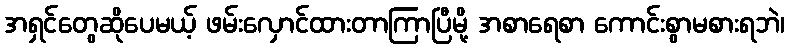
အရှင်တွေဆိုပေမယ့် ဖမ်းလှောင်ထားတာကြာပြီမို့ အစာရေစာ ကောင်းစွာမစားရဘဲ၊